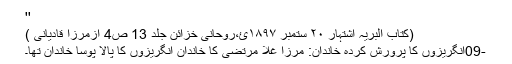
''
(کتاب البریہ اشتہار ٢٠ ستمبر ١٨٩٧ئ،روحانی خزائن جلد 13 ص4 ازمرزا قادیانی )
-09انگریزوں کا پرورش کردہ خاندان: مرزا غلا مرتضیٰ کا خاندان انگریزوں کا پالا پوسا خاندان تھا۔